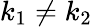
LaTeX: k_{1}\neq k_{2}